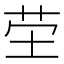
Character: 茔